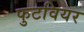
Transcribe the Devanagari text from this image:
फुटवियर